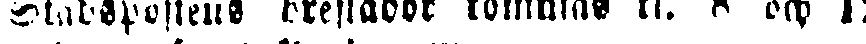
stadspostens breflådor tömmas kl. 8 och 12